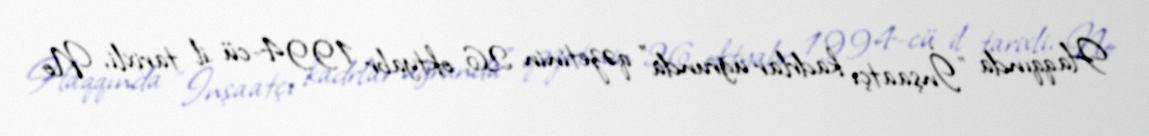
Haqqında "İnşaatçı kadrlar uğrunda" qəzetinin 26 oktyabr 1994-cü il tarixli, №